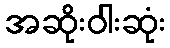
အဆိုးဝါးဆုံး